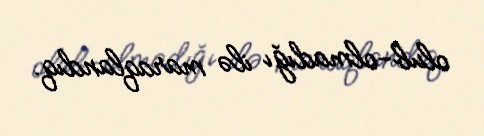
olub-olmadığı ilə maraqlandıq.